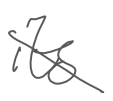
Text: its
Cross-out: diagonal
Writing tool: digital_gray